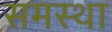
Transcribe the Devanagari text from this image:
समस्था